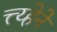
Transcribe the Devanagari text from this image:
त्त्य्हेने